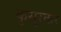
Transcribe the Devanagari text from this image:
कुसुरकर